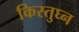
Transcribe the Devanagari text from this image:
किस्तुघ्न